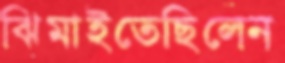
ঝিমাইতেছিলেন